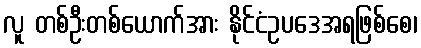
လူ တစ်ဦးတစ်ယောက်အား နိုင်ငံဥပဒေအရဖြစ်စေ၊